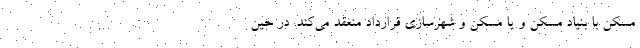
مسکن با بنیاد مسکن و یا مسکن و شهرسازی قرارداد منعقد می‌کند. در حین